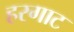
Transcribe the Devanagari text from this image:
हरगाट